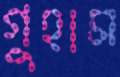
গুহাম